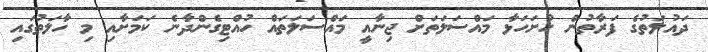
ދައުލަތުގެ ފަރާތުން ހުށަހަޅާ މައްސަލަތަށް ޖިނާއީ މައްސަލަތައް ހުއްޓިގެންދާނެ ކަމަށާއި މި ހާލަތުގައި